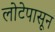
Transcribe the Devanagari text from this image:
लोटेपासून